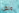
ولكن